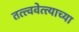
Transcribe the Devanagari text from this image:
तत्त्ववेत्त्याच्या